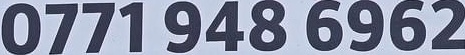
0771 948 6962